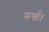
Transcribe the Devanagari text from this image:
नर्स।